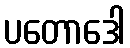
ပတောဒေါ